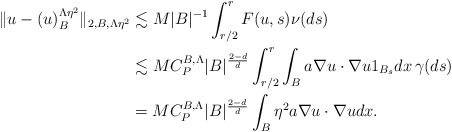
\begin{align*}\|u-(u)^{\Lambda\eta^2}_{B}\|_{2,B,\Lambda\eta^2}&\lesssim M |B|^{-1} \int_{r/2}^{r} F(u,s)\nu(ds)\\&\lesssim M C_P^{B,\Lambda} |B|^\frac{2-d}{d}\int_{r/2}^{r} \int_B a\nabla u\cdot\nabla u 1_{B_s} dx\,\gamma(ds)\\&= M C_P^{B,\Lambda} |B|^\frac{2-d}{d} \int_B \eta^2 a\nabla u\cdot\nabla u dx.\end{align*}